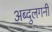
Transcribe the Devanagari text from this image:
अब्दुलगनी